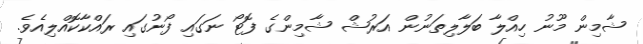
ޝާމިން މޫނު ހިއްލާ ބަލާލިތަނުން އަރުޝް ޝާމިންގެ ފޮޓޯ ނަގައި ފޯނުގައި ރައްކާކޮއްލިއެވެ.